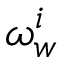
\omega _ { w } ^ { i }